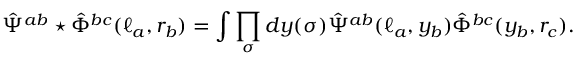
\hat { \Psi } ^ { a b } \star \hat { \Phi } ^ { b c } ( \ell _ { a } , r _ { b } ) = \int \prod _ { \sigma } d y ( \sigma ) \hat { \Psi } ^ { a b } ( \ell _ { a } , y _ { b } ) \hat { \Phi } ^ { b c } ( y _ { b } , r _ { c } ) .